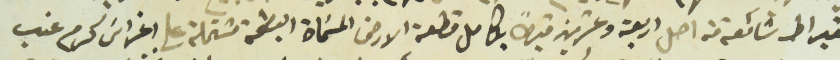
القيراط شائعة من اصل اربعة وعشرين قيراطاً بكامل قطعة الارض المسَماة البطمة مشتملة على اغراسَ كرم عنب